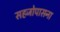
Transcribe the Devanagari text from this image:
सहजोपासना